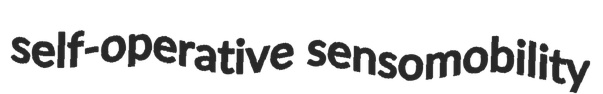
self-operative sensomobility